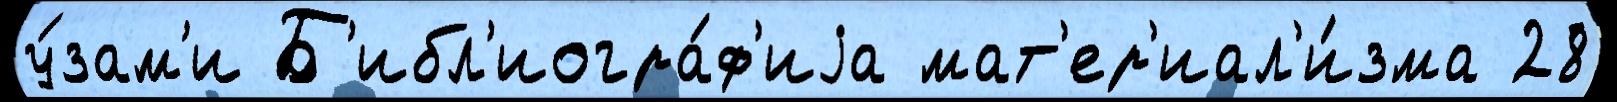
у́зам'и Б'ибл'иогра́ф'иjа мат'ер'иал'и́зма 28